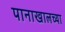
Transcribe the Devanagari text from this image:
पानाखालच्या